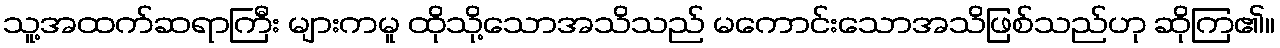
သူ့အထက်ဆရာကြီး များကမူ ထိုသို့သောအသိသည် မကောင်းသောအသိဖြစ်သည်ဟု ဆိုကြ၏။